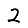
Digit: 2